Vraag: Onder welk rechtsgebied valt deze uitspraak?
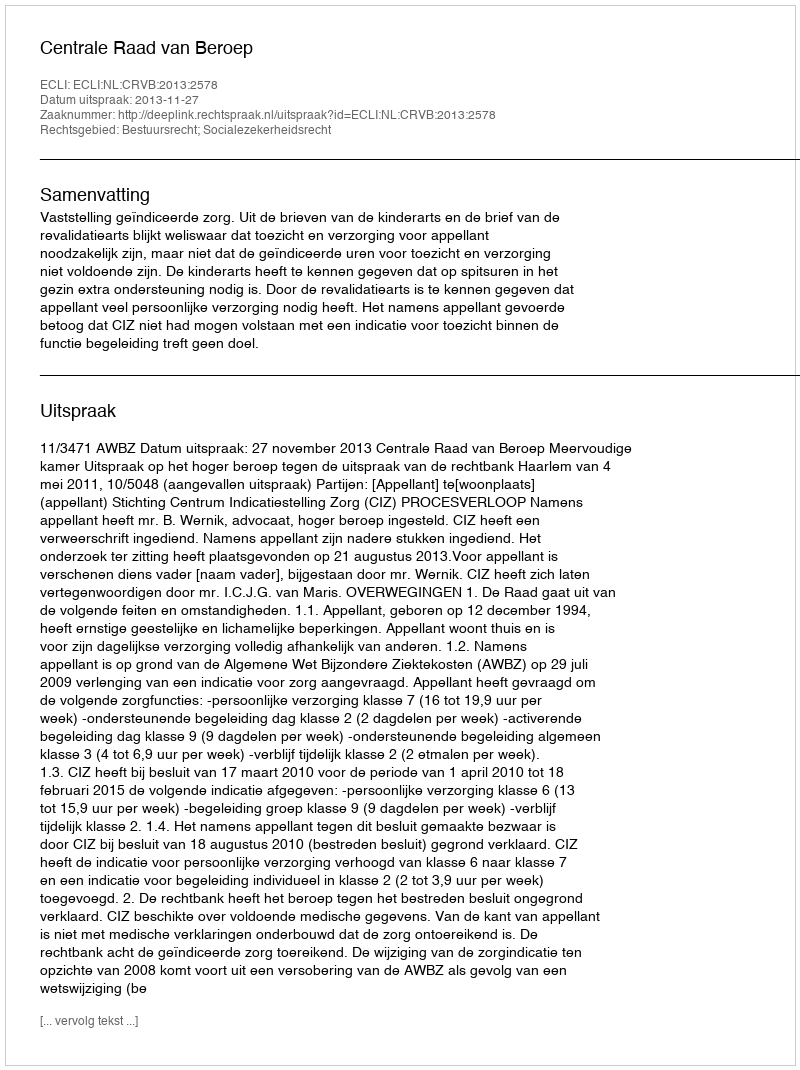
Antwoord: Bestuursrecht; Socialezekerheidsrecht